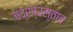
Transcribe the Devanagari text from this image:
चंद्रप्रस्ताव